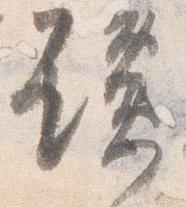
讒